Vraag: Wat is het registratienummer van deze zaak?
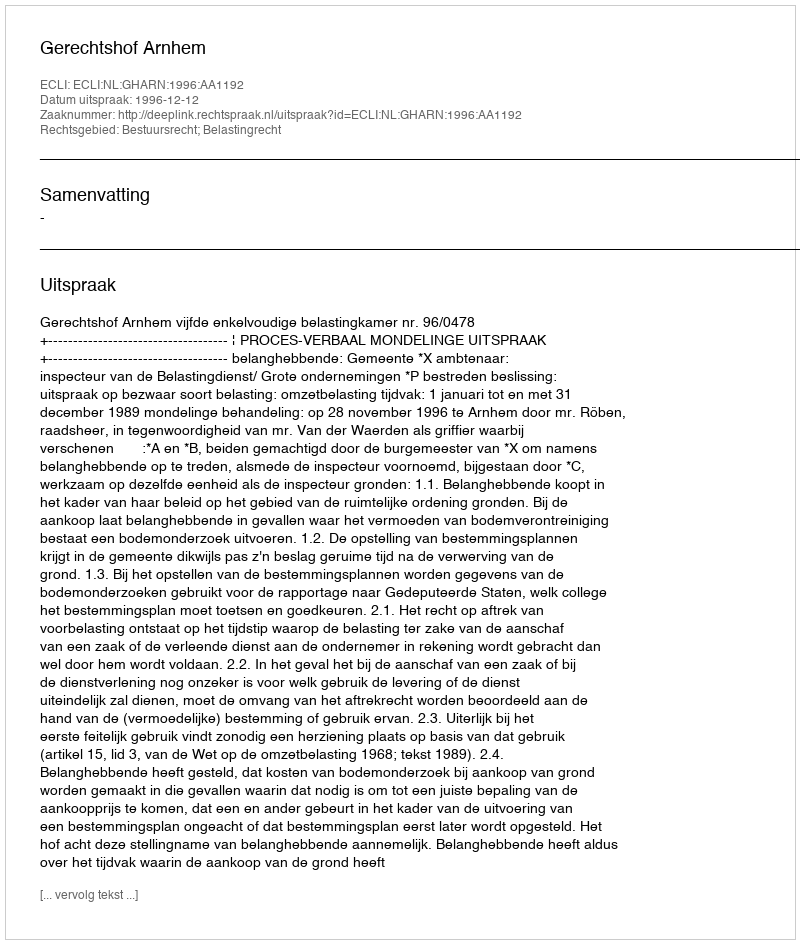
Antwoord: http://deeplink.rechtspraak.nl/uitspraak?id=ECLI:NL:GHARN:1996:AA1192